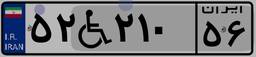
۵۲W۲۱۰۵۶